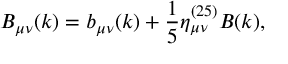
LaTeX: B _ { \mu \nu } ( k ) = b _ { \mu \nu } ( k ) + \frac { 1 } { 5 } \eta _ { \mu \nu } ^ { ( 2 5 ) } B ( k ) ,